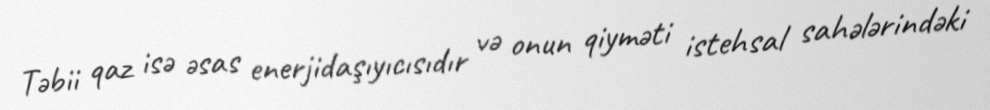
Təbii qaz isə əsas enerjidaşıyıcısıdır və onun qiyməti istehsal sahələrindəki